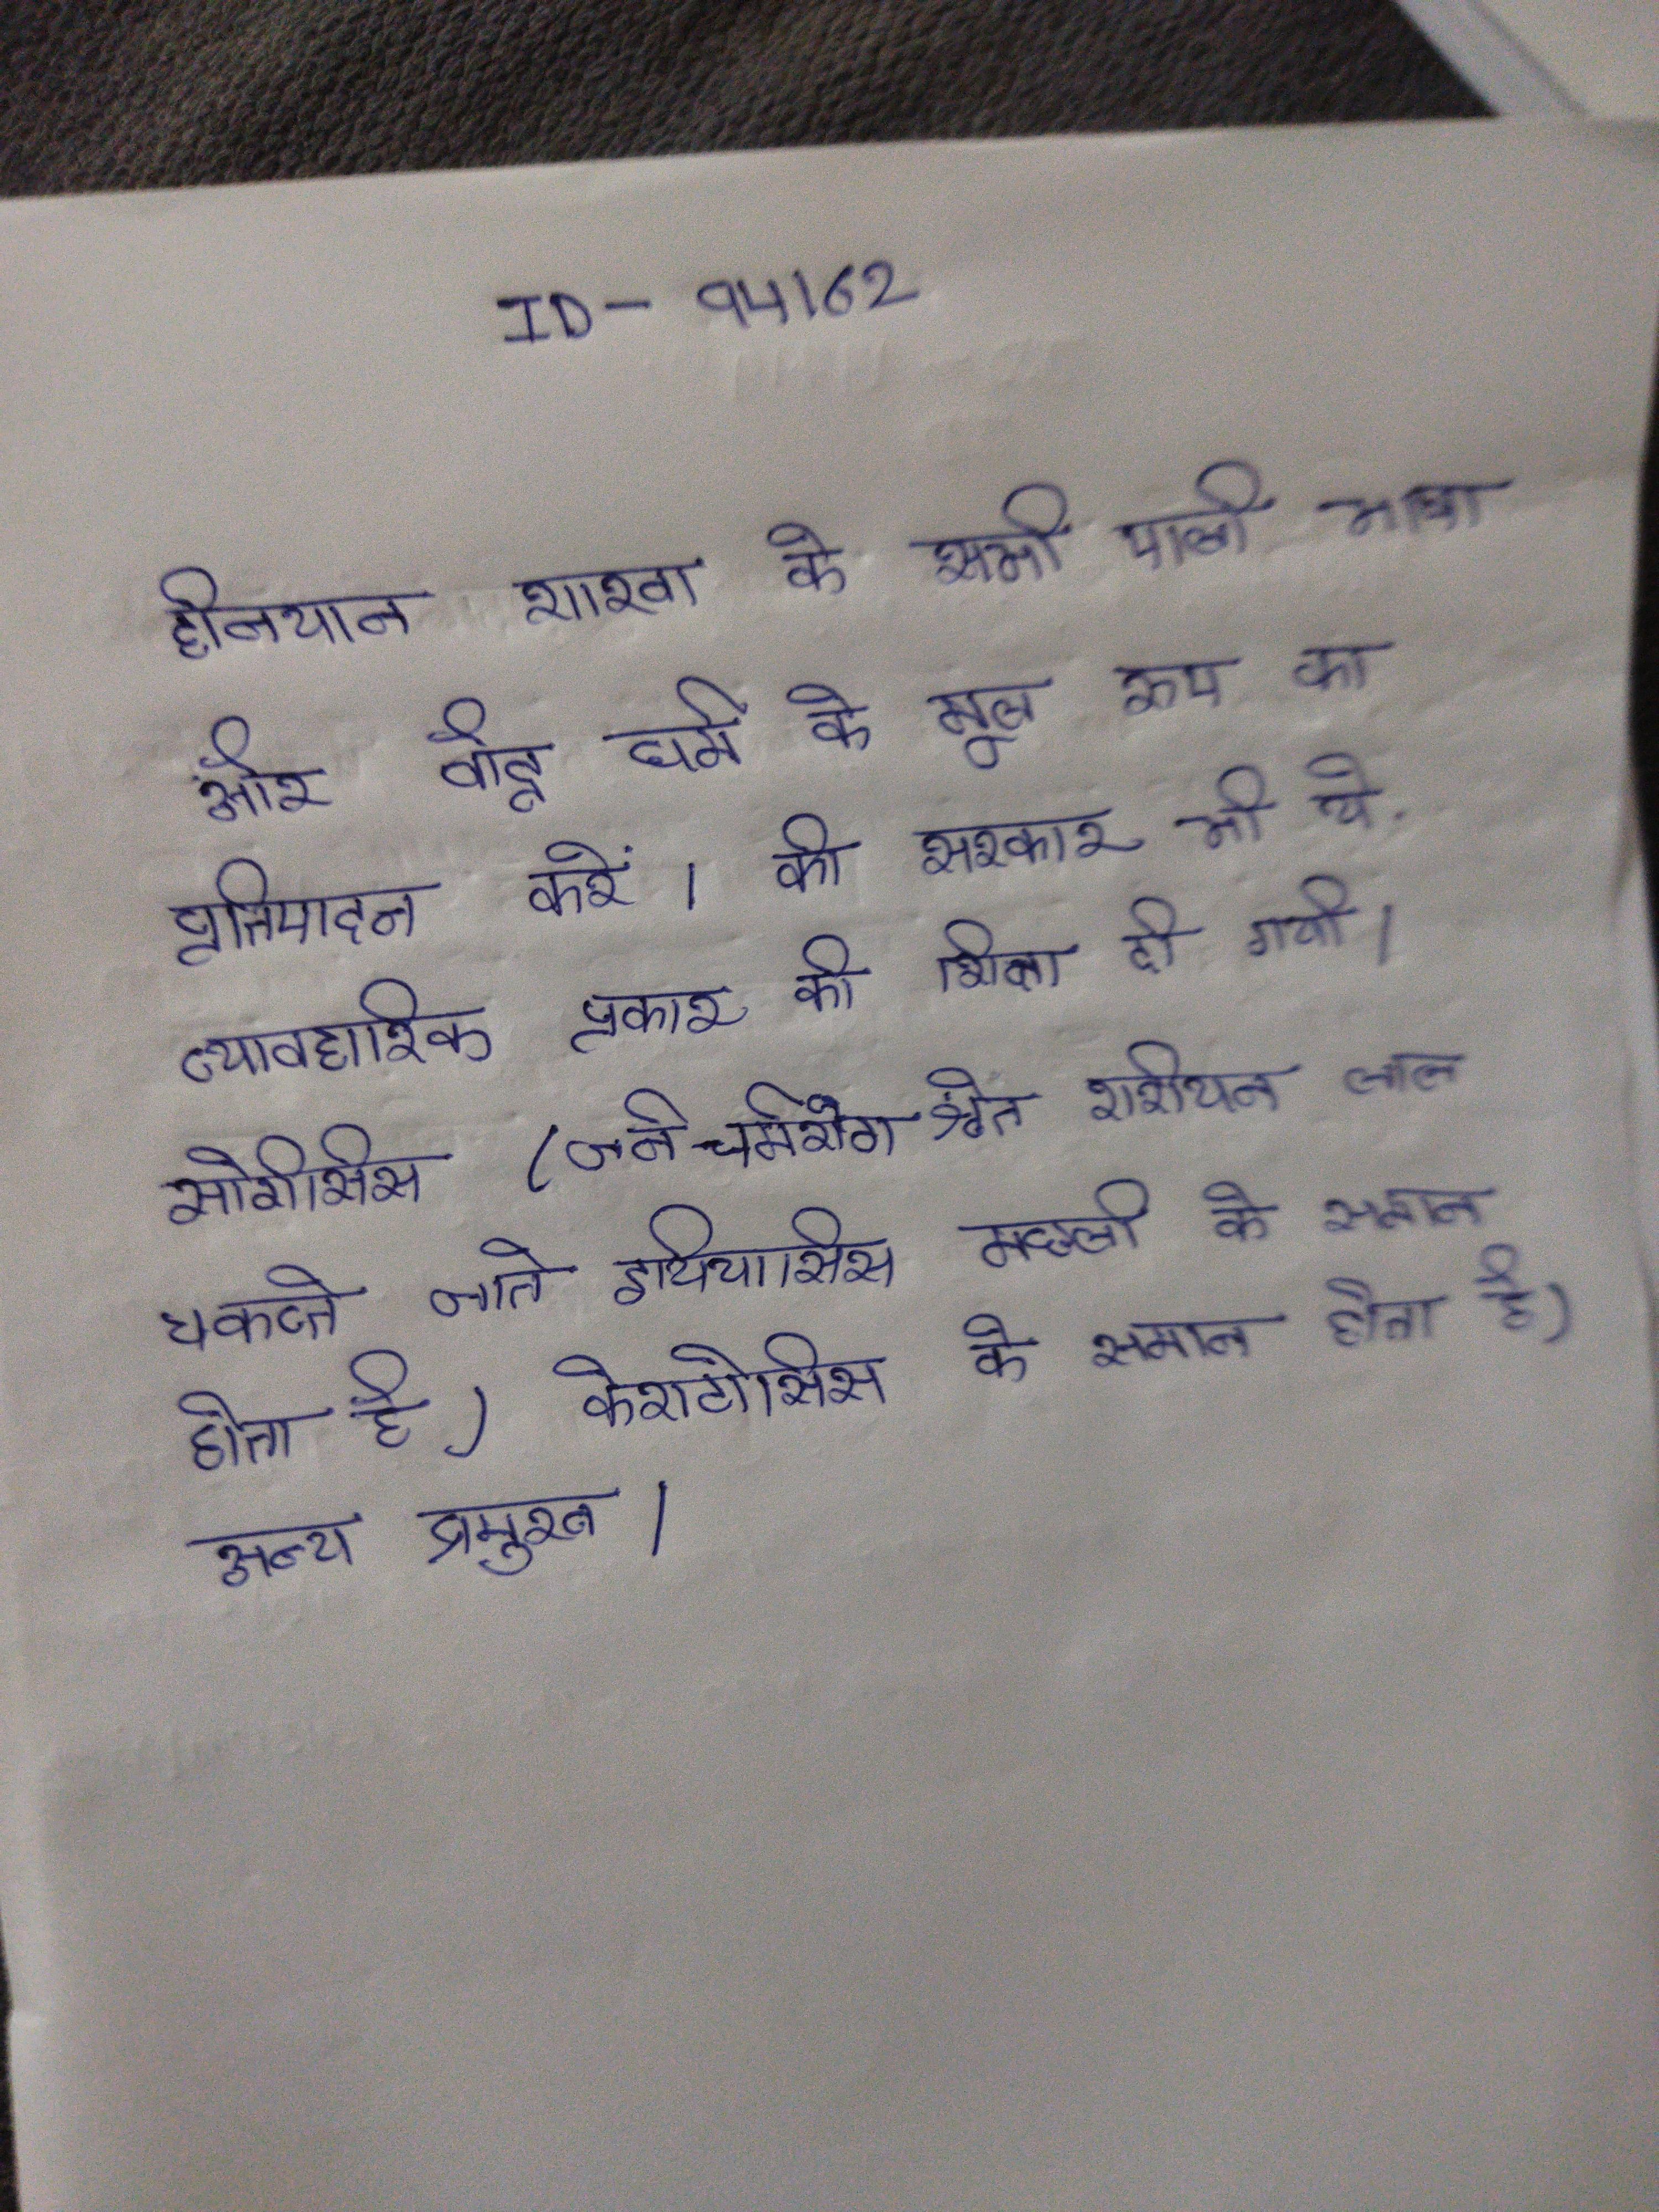
से हीनयान शाखा के सब पाली भाषा और बौद्ध धर्म के मूल रूप का प्रतिपादन करते । की सरकार समर्थित भी थे । व्यावहारिक प्रकार की शिक्षा दी जाती । सोरिएसिस (जीर्ण चर्मरोग श्वेत रूसी लाल चकत्ते जाते इक्थिआसिस मछली के के समान जाती है), केराटोसिस के समान हो जाती है) इत्यादि प्रमुख ।